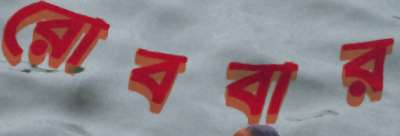
রোববার